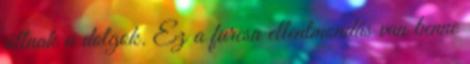
állnak a dolgok. Ez a furcsa ellentmondás van benne